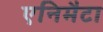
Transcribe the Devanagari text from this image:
एनिमैटा